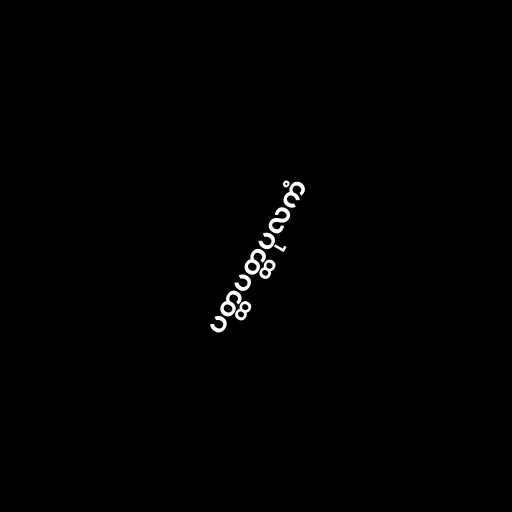
ပတ္ထပတ္ထပုလကံ